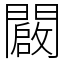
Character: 闙